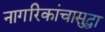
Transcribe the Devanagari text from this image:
नागरिकांचासुद्धा